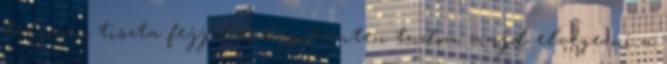
teljesen tiszta fejjel és kipihenten tudom majd elvégezni a